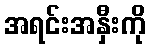
အရင်းအနှီးကို